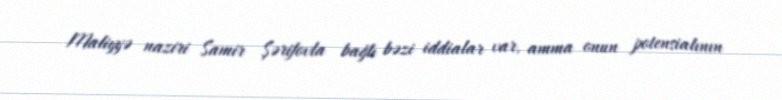
Maliyyə naziri Samir Şərifovla bağlı bəzi iddialar var, amma onun potensialının